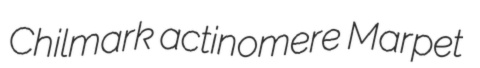
Chilmark actinomere Marpet